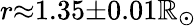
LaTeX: r{\approx}1.35{\pm}0.01\mathbb{R}_{\odot}